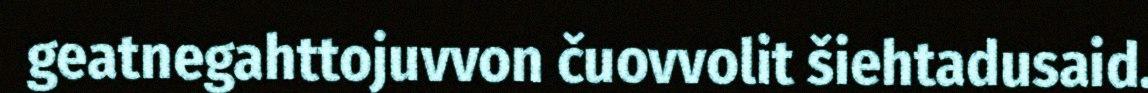
geatnegahttojuvvon čuovvolit šiehtadusaid.